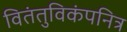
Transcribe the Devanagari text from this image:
वितंतुविकंपनित्र